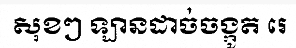
សុខៗ ឡានដាច់ចង្កូត រេ